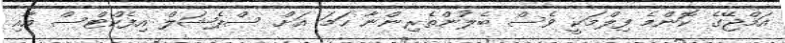
އަމްޖޭގެ ކޮންމެ ފިލްމަކީ ވެސް ބެލުންތެރިންނާ ހަމަ އަށް ސްޕެޝަލް އިފެކްޓްސް އާއި